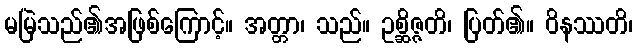
မမြဲသည်၏အဖြစ်ကြောင့်။ အတ္တာ၊ သည်။ ဥစ္ဆိဇ္ဇတိ၊ ပြတ်၏။ ဝိနဿတိ၊